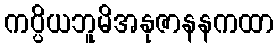
ကပ္ပိယဘူမိအနုဇာနနကထာ